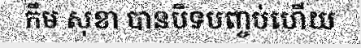
កឹម សុខា បានបិទបញ្ចប់ហើយ